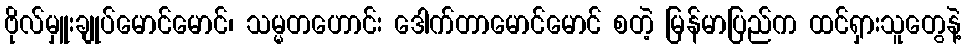
ဗိုလ်မှူးချုပ်မောင်မောင်၊ သမ္မတဟောင်း ဒေါက်တာမောင်မောင် စတဲ့ မြန်မာပြည်က ထင်ရှားသူတွေနဲ့